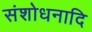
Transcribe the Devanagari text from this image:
संशोधनादि